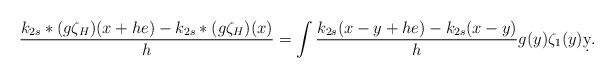
LaTeX: \begin{align*} \frac{k_{2s}*(g\zeta_H)(x+he)-k_{2s}*(g\zeta_H)(x)}{h} = \int \frac{k_{2s}(x-y+he)-k_{2s}(x-y)}{h} g(y)\zeta_1(y)\d y.\end{align*}